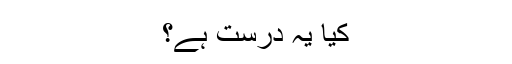
کیا یہ درست ہے؟